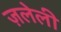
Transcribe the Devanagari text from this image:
ज़लेली